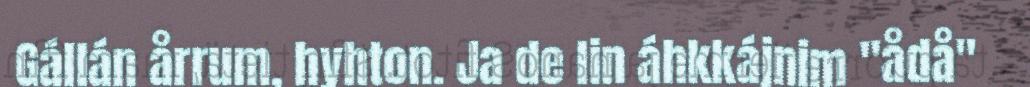
Gállán årrum, hyhton. Ja de lin áhkkájnim "ådå"